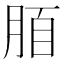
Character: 脜